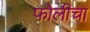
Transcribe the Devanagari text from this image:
फोलीचा